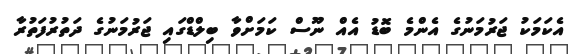
އެކަމަކު ޖަރުމަނުގެ އެންމެ ބޮޑު އެއް ނޫސް ކަމަށްވާ ބިލްޑްގައި ޖަރުމަނުގެ ދަތުރުފަތުރާ